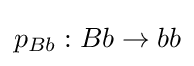
p_{Bb}:Bb\rightarrow bb